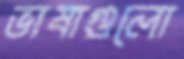
ভাষাগুলো